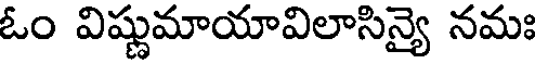
ఓం విష్ణుమాయావిలాసిన్యై నమః